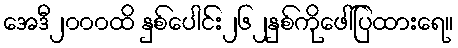
အေဒီ၂၀၀၀ထိ နှစ်ပေါင်း၂၆၂နှစ်ကိုဖေါ်ပြထားရေ။